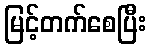
မြင့်တက်စေပြီး